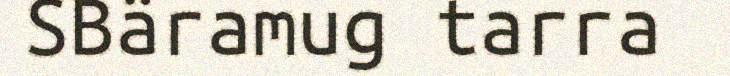
SBäramug tarra